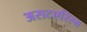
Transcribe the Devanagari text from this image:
असटएरिस्म